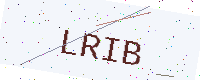
Text: LRIB